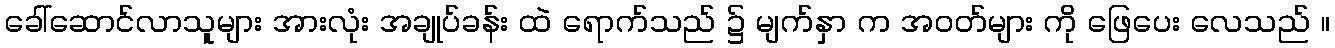
ခေါ်ဆောင်လာသူများ အားလုံး အချုပ်ခန်း ထဲ ရောက်သည် ၌ မျက်နှာ က အဝတ်များ ကို ဖြေပေး လေသည် ။